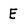
Character: E